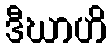
ဒီဃာဟိ